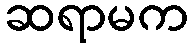
ဆရာမက